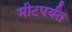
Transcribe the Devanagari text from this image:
मीटपर्यंत